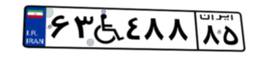
۶۳W۴۸۸۸۵